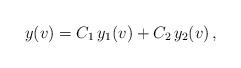
LaTeX: \begin{align*}y(v) = C_1\, y_1 (v)+ C_2\, y_2 (v)\,,\end{align*}